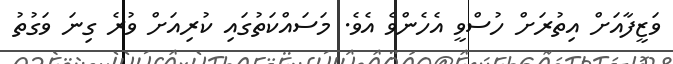
ވަޒީފާއަށް އިތުރަށް ހުސްވީ އެހެންވެ އެވެ. މަސައްކަތުގައި ކުރިއަށް ވުރެ ގިނަ ވަގުތު